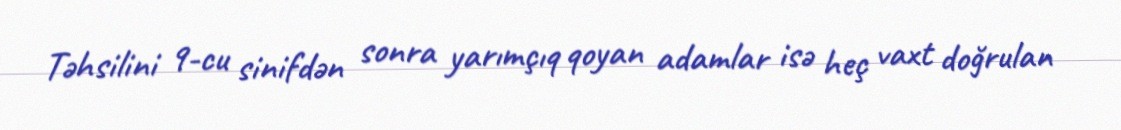
Təhsilini 9-cu sinifdən sonra yarımçıq qoyan adamlar isə heç vaxt doğrulan